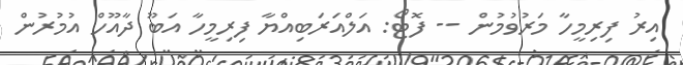
އިރު ފިރިމީހާ މަރުވުމުން -- ފޮޓޯ: އަލްއަރަބިއްޔާ ފިރިމީހާ އަބޫ ދާއޫހް އުމުރުން